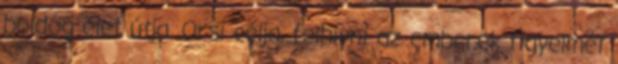
boldog élet útja. Orsi célja, felhívni az emberek figyelmét